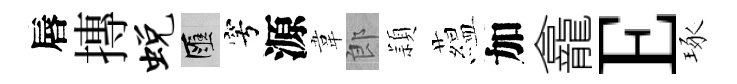
唇摶蜕匯穹源韋郎頴藴加龕E琢